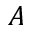
A